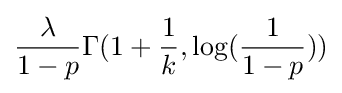
{\frac {\lambda }{1-p}}\Gamma (1+{\frac {1}{k}},\log({\frac {1}{1-p}}))